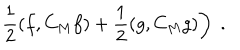
\left. \frac { 1 } { 2 } ( f , C _ { M } f ) + \frac { 1 } { 2 } ( g , C _ { M } g ) \right) \; .